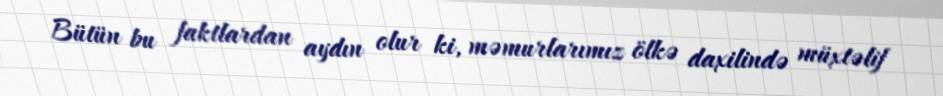
Bütün bu faktlardan aydın olur ki, məmurlarımız ölkə daxilində müxtəlif